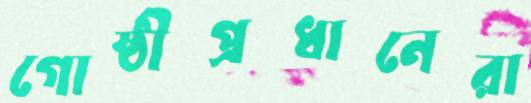
গোষ্ঠীপ্রধানেরা